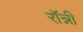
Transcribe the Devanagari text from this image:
राॅन्नी